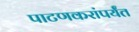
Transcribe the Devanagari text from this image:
पाटणकरांपर्यंत